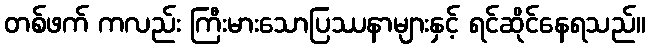
တစ်ဖက် ကလည်း ကြီးမားသောပြဿနာများနှင့် ရင်ဆိုင်နေရသည်။